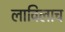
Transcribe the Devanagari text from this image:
लाविलाच